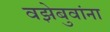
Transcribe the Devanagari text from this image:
वझेबुवांना